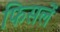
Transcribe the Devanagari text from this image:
फिसलें